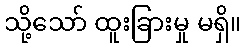
သို့သော် ထူးခြားမှု မရှိ။